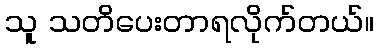
သူ သတိပေးတာရလိုက်တယ်။